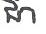
ជា